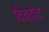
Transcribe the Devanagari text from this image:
विबडोद